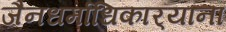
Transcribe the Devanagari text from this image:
जैनधर्माधिकार्‍यांना